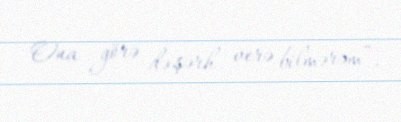
Ona görə də şərh verə bilmərəm”.